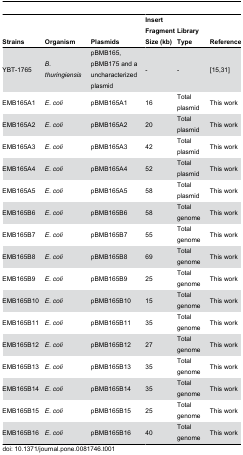
<table><thead><tr><td><b>Strains</b></td><td><b>Organism</b></td><td><b>Plasmids</b></td><td><b>Insert Fragment Size (kb)</b></td><td><b>Library Type</b></td><td><b>Reference</b></td></tr></thead><tbody><tr><td>YBT-1765</td><td><i>B. thuringiensis</i></td><td>pBMB165, pBMB175 and a uncharacterized plasmid</td><td>-</td><td>-</td><td>[15,31]</td></tr><tr><td>EMB165A1</td><td><i>E. coli</i></td><td>pBMB165A1</td><td>16 </td><td>Total plasmid</td><td>This work</td></tr><tr><td>EMB165A2</td><td><i>E. coli</i></td><td>pBMB165A2</td><td>20</td><td>Total plasmid</td><td>This work</td></tr><tr><td>EMB165A3</td><td><i>E. coli</i></td><td>pBMB165A3</td><td>42</td><td>Total plasmid</td><td>This work</td></tr><tr><td>EMB165A4</td><td><i>E. coli</i></td><td>pBMB165A4</td><td>52</td><td>Total plasmid</td><td>This work</td></tr><tr><td>EMB165A5</td><td><i>E. coli</i></td><td>pBMB165A5</td><td>58</td><td>Total plasmid</td><td>This work</td></tr><tr><td>EMB165B6</td><td><i>E. coli</i></td><td>pBMB165B6</td><td>58</td><td>Total genome</td><td>This work</td></tr><tr><td>EMB165B7</td><td><i>E. coli</i></td><td>pBMB165B7</td><td>55</td><td>Total genome</td><td>This work</td></tr><tr><td>EMB165B8</td><td><i>E. coli</i></td><td>pBMB165B8</td><td>69</td><td>Total genome</td><td>This work</td></tr><tr><td>EMB165B9</td><td><i>E. coli</i></td><td>pBMB165B9</td><td>25</td><td>Total genome</td><td>This work</td></tr><tr><td>EMB165B10</td><td><i>E. coli</i></td><td>pBMB165B10</td><td>15</td><td>Total genome</td><td>This work</td></tr><tr><td>EMB165B11</td><td><i>E. coli</i></td><td>pBMB165B11</td><td>35</td><td>Total genome</td><td>This work</td></tr><tr><td>EMB165B12</td><td><i>E. coli</i></td><td>pBMB165B12</td><td>27</td><td>Total genome</td><td>This work</td></tr><tr><td>EMB165B13</td><td><i>E. coli</i></td><td>pBMB165B13</td><td>35</td><td>Total genome</td><td>This work</td></tr><tr><td>EMB165B14</td><td><i>E. coli</i></td><td>pBMB165B14</td><td>35</td><td>Total genome</td><td>This work</td></tr><tr><td>EMB165B15</td><td><i>E. coli</i></td><td>pBMB165B15</td><td>25</td><td>Total genome</td><td>This work</td></tr><tr><td>EMB165B16</td><td><i>E. coli</i></td><td>pBMB165B16</td><td>40</td><td>Total genome</td><td>This work</td></tr></tbody></table>